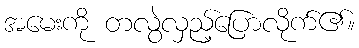
အမေးကို တလွဲလှည့်ပြောလိုက်၏။